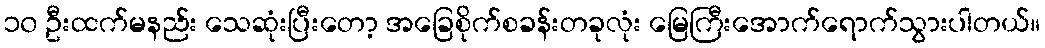
၁၀ ဦးထက်မနည်း သေဆုံးပြီးတော့ အခြေစိုက်စခန်းတခုလုံး မြေကြီးအောက်ရောက်သွားပါတယ်။